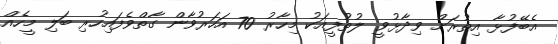
އެބޭފުޅާ އިތުރަށް ވިދާޅުވީ ލުތުފީއަކު މިހާރު 70 އަހަރުވާން ގާތްވެފައިހުރި ބަލި މީހެއް